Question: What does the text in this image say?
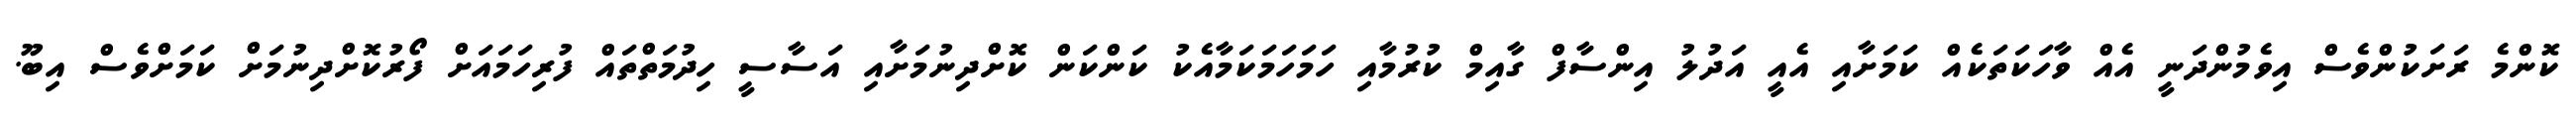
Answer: ކޮންމެ ރަށަކުންވެސް އިވެމުންދަނީ އެއް ވާހަކަތަކެއް ކަމަށާއި އެއީ އަދުލު އިންސާފް ގާއިމް ކުރުމާއި ހަމަހަމަކަމާއެކު ކަންކަން ކޮށްދިނުމަށާއި އަސާސީ ހިދުމަތްތައް ފުރިހަމައަށް ފޯރުކޮށްދިނުމަށް ކަމަށްވެސް އިބޫ.